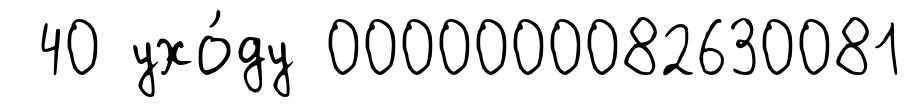
40 ухо́ду 0000000082630081